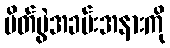
ပိတ်ပွဲအခမ်းအနားကို